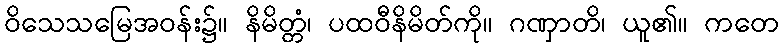
ဝိသေသမြေအဝန်း၌။ နိမိတ္တံ၊ ပထဝီနိမိတ်ကို။ ဂဏှာတိ၊ ယူ၏။ ကတေ